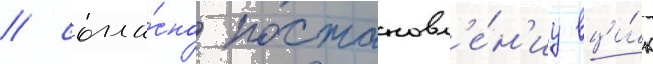
/ согла́сно постановл'е́н'иу вци́к